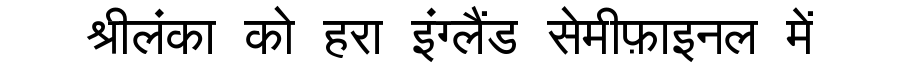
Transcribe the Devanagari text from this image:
श्रीलंका को हरा इंग्लैंड सेमीफ़ाइनल में